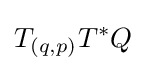
T_{(q,p)}T^{*}Q